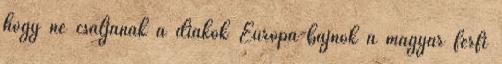
hogy ne csaljanak a diákok Európa-bajnok a magyar férfi